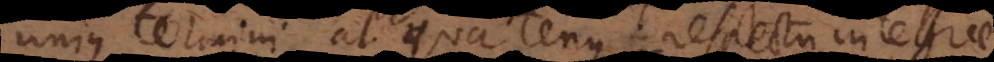
unius termini, at quatenus respectu integrae